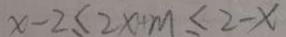
x - 2 \leq 2 x + m \leq 2 - x